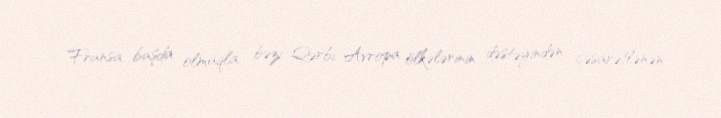
Fransa başda olmaqla, bəzi Qərbi Avropa ölkələrinin dəstəyindən cəsarətlənən